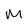
Character: M